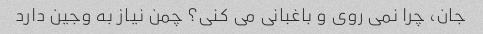
جان، چرا نمی روی و باغبانی می کنی؟ چمن نیاز به وجین دارد